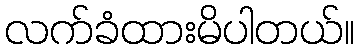
လက်ခံထားမိပါတယ်။